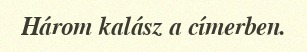
Három kalász a címerben.